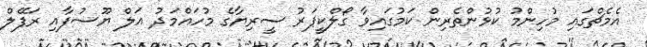
އެމެޗްގައި މުހިންމު ކުޅުންތެރިން ކަމުގައިވާ ގޯލްކީޕަރު ސީރިޔާގެ މުހައްމަދު އަލް ޔޫސުފާއި ރަފޭލް